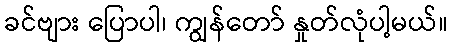
ခင်ဗျား ပြောပါ၊ ကျွန်တော် နှုတ်လုံပါ့မယ်။